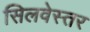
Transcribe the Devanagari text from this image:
सिलवेस्तर